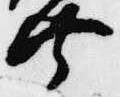
共